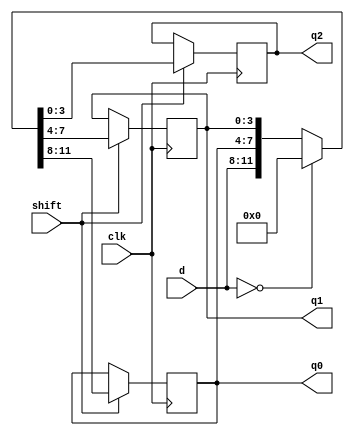
//-----------------------------------------------------------------------------
//University: OIT - CSET
//Class: CST 231
//Lab:Lab 5
//Project: keypad controller
//
//Dependancies: none
//-----------------------------------------------------------------------------
//DISCRIPTION:
//
//-----------------------------------------------------------------------------


module KP_ShiftRegister(
input				clk,
input				shift,
input		[3:0]	d,
output	reg	[3:0]	q0,
output	reg	[3:0]	q1,
output	reg	[3:0]	q2
//i want system verilog... ;-;
);
always@ (posedge clk)
begin
	if(shift)
		begin
			if(d == 0)	//all our hard work pays off
						//that is to say, this is why the decoder goes backwards
			begin
				//clear stuff
				{q0,q1,q2} = 0;
			end
			else
			begin
				{q0,q1,q2} = {d,q0,q1};
			end
		end
	else
		begin
			{q0,q1,q2} = {q0,q1,q2};
		end
end

endmodule